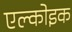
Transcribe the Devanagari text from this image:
एल्कोइक